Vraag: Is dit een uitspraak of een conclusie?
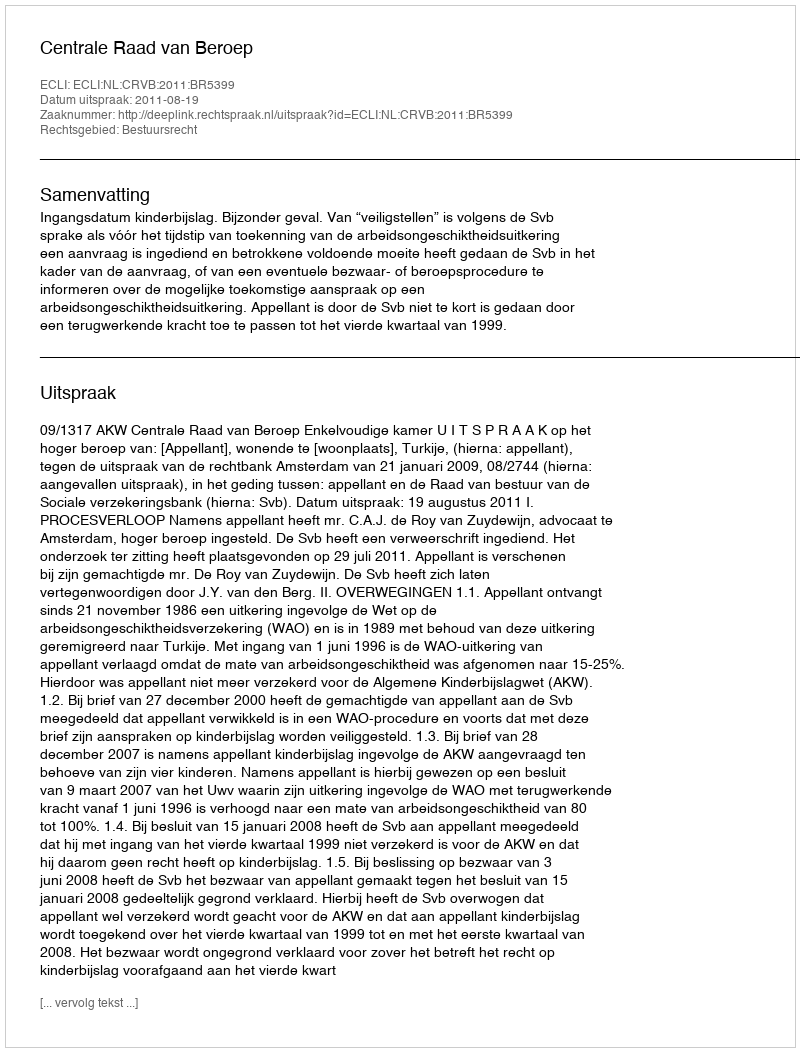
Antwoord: Uitspraak